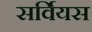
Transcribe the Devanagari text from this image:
सर्वियस